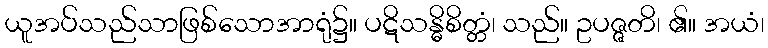
ယူအပ်သည်သာဖြစ်သောအာရုံ၌။ ပဋိသန္ဓိစိတ္တံ၊ သည်။ ဥပဇ္ဇတိ၊ ၏။ အယံ၊